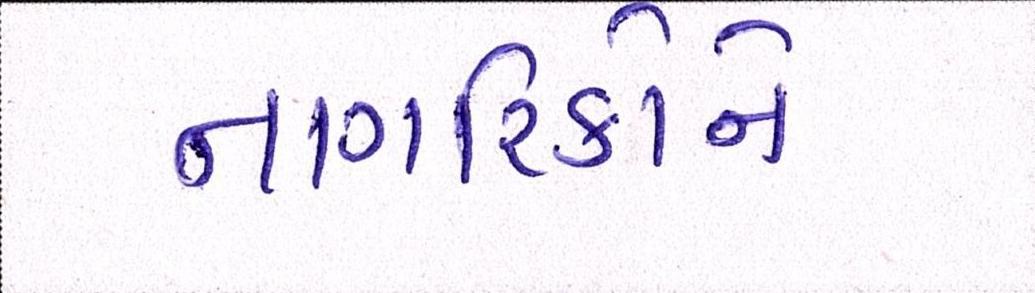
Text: નાગરિકોને